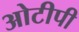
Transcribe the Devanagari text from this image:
ओटीपी